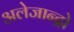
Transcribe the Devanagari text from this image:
अलेजान्द्रो